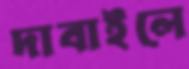
দাবাইলে